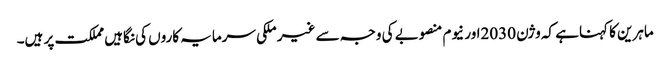
ماہرین کا کہناہے کہ وژن 2030اور نیوم منصوبے کی وجہ سے غیر ملکی سرمایہ کاروں کی نگاہیں مملکت پر ہیں۔